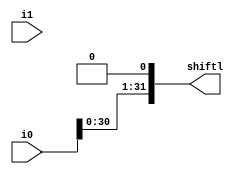
module shiftl(i0,i1,shiftl);
input [31:0] i0,i1;
output [31:0] shiftl;


assign shiftl = i0<<1;

endmodule